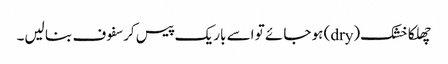
چھلکا خشک(dry) ہو جائے تو اسے باریک پیس کر سفوف بنا لیں۔